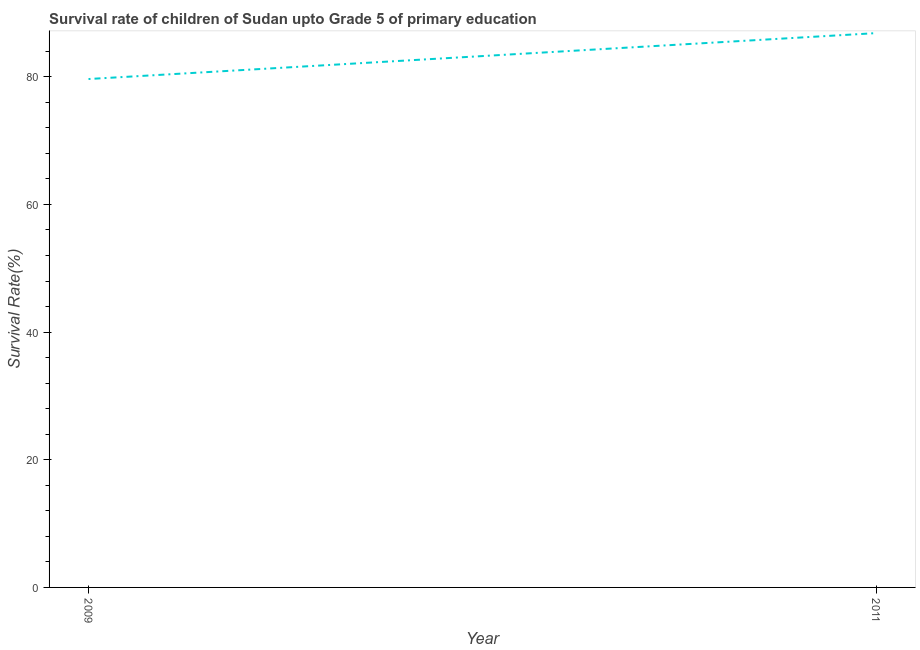
| Year | Survival rate |
 | --- | --- |
 | 2009 | 79.7 |
 | 2011 | 86.8 |